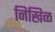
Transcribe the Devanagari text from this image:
निखिळ